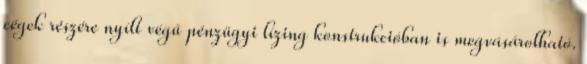
cégek részére nyílt végű pénzügyi lízing konstrukcióban is megvásárolható.